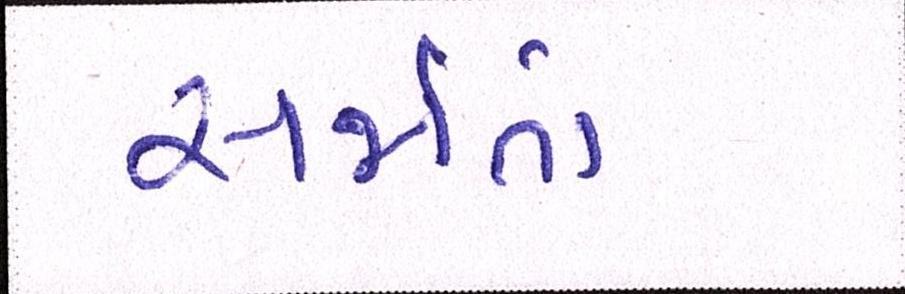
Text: સર્જાતાં